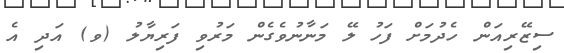
ސިޒޭރިއަން ހެދުމަށް ފަހު ލޭ މަނާނުވެގެން މަރުވި ފަރިޔާލު (ވ) އަދި އެ